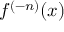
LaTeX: f ^ { ( - n ) } ( x )